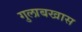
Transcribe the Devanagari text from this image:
गुलाबखास